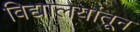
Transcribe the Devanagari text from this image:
विद्यालयांतून